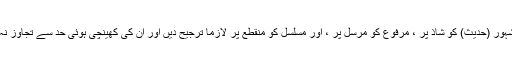
مثلاً مشہور (حدیث) کو شاذ پر ، مرفوع کو مرسل پر ، اور مسلسل کو منقطع پر لازماً ترجیح دیں اور ان کی کھینچی ہوئی حد سے تجاوز نہ کریں۔